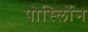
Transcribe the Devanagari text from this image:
पोर्स्लोिन